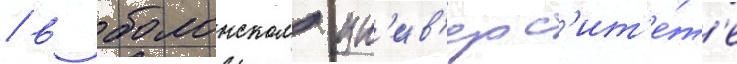
/ в болонском ун'ив'ерс'ит'е́т'е